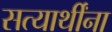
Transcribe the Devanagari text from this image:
सत्यार्थींना